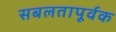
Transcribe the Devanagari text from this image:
सबलतापूर्वक